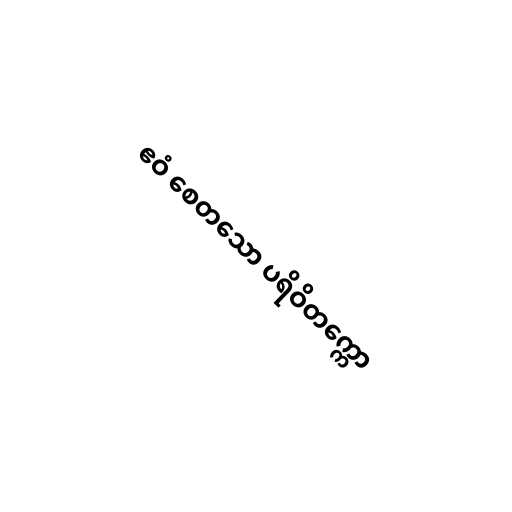
ဧဝံ စေတသော ပရိဝိတက္ကော